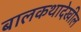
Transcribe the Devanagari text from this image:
बालकथादेखील